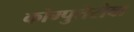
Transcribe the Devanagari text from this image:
कोम्पुतेरोवा